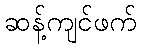
ဆန့်ကျင်ဖက်